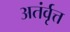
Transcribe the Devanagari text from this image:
अतंर्वृत्त